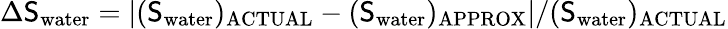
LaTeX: \Delta\mathsf{S}_{\mathrm{{water}}}=\left|(\mathsf{S}_{\mathrm{{water}}})_{\mathrm{{ACTUAL}}}-(\mathsf{S}_{\mathrm{{water}}})_{\mathrm{{APPROX}}}\right|/(\mathsf{S}_{\mathrm{{water}}})_{\mathrm{{ACTUAL}}}